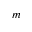
m